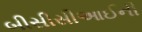
બીસીસીઆઈની